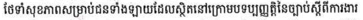
ថែទាំសុខភាពសម្រាប់ជនទាំងឡាយដែលស្ថិតនៅក្រោមបទប្បញ្ញត្តិនៃច្បាប់ស្តីពីការងារ